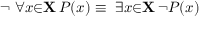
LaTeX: \lnot \ \forall { x } { \in } \mathbf { X } \, P ( x ) \equiv \ \exists { x } { \in } \mathbf { X } \, \lnot P ( x )